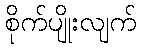
စိုက်ပျိုးလျက်